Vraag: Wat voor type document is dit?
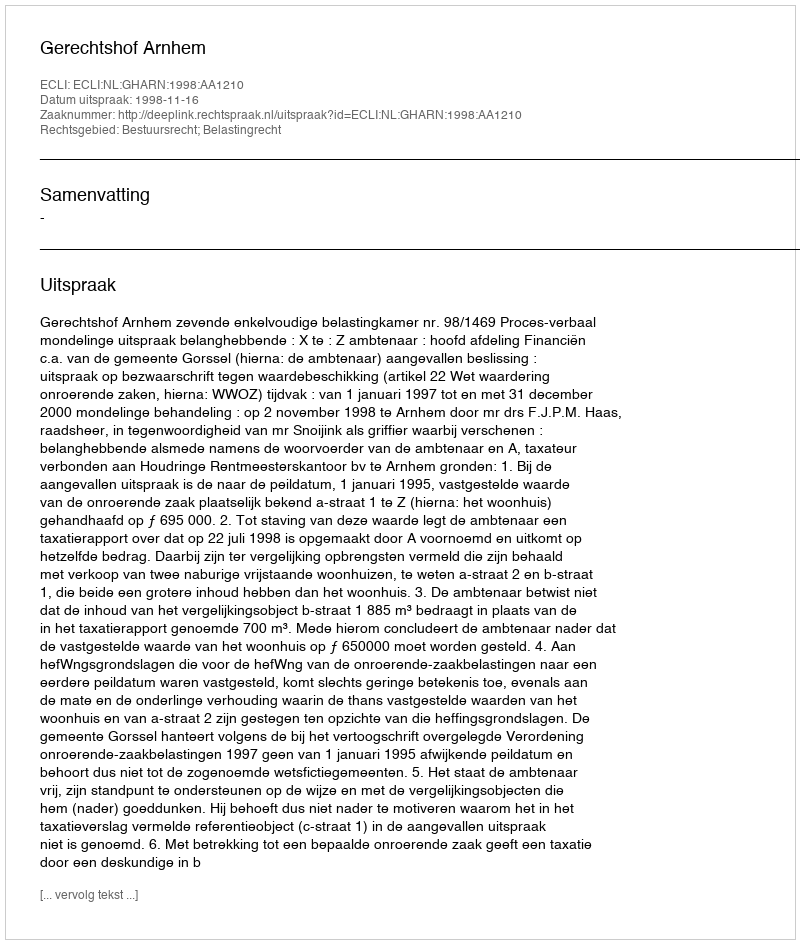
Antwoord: Uitspraak